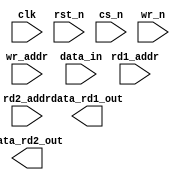
////////////////////////////////////////////////////////////////////////////////
//
//       This confidential and proprietary software may be used only
//     as authorized by a licensing agreement from Synopsys Inc.
//     In the event of publication, the following notice is applicable:
//
//                    (C) COPYRIGHT 1999 - 2018 SYNOPSYS INC.
//                           ALL RIGHTS RESERVED
//
//       The entire notice above must be reproduced on all authorized
//     copies.
//
//
// VERSION:   Simulation Architecture
//
// DesignWare_version: 05629b96
// DesignWare_release: O-2018.06-DWBB_201806.3
//
////////////////////////////////////////////////////////////////////////////////
//----------------------------------------------------------------------
// ABSTRACT:  Synch Write, Asynch Dual Read RAM (Flip-Flop Based)
//            (flip flop memory array)
//            legal range:  depth        [ 2 to 2048 ]
//            legal range:  data_width   [ 1 to 1024 ]
//            Input data: data_in[data_width-1:0]
//            Output data from read1: data_rd1_out[data_width-1:0]
//            Output data from read2: data_rd2_out[data_width-1:0]
//            Read1 Address: rd1_addr[addr_width-1:0]
//            Read2 Address: rd2_addr[addr_width-1:0]
//            Write Address: wr_addr[addr_width-1:0]
//            write enable (active low): wr_n
//            chip select (active low): cs_n
//            reset (active low): rst_n
//            clock:clk
//
//	MODIFIED:
//		092299	Jay Zhu		Rewrote for STAR91151
//              10/18/00  RPH       Rewrote accoding to new guidelines 
//                                  STAR 111067   
//              05/25/01  RJK       Rewritten again
//              2/18/09   RJK       Corrected default value for rst_mode
//				    STAR 9000294457
//              9/10/14   RJK       Eliminated common async and sync reset coding
//				    style to support VCS NLP
//              5/03/15   RJK       Eliminated "next state evaluation in seq block"
//				    coding style to support VCS NLP
//----------------------------------------------------------------------

module DW_ram_2r_w_s_dff (clk, rst_n, cs_n, wr_n, rd1_addr, rd2_addr, 
			  wr_addr, data_in, data_rd1_out, data_rd2_out);

   parameter integer data_width = 4;
   parameter integer depth = 8;
   parameter integer rst_mode = 1;

`define DW_addr_width ((depth>256)?((depth>4096)?((depth>16384)?((depth>32768)?16:15):((depth>8192)?14:13)):((depth>1024)?((depth>2048)?12:11):((depth>512)?10:9))):((depth>16)?((depth>64)?((depth>128)?8:7):((depth>32)?6:5)):((depth>4)?((depth>8)?4:3):((depth>2)?2:1))))

   input [data_width-1:0] data_in;
   input [`DW_addr_width-1:0] rd1_addr;
   input [`DW_addr_width-1:0] rd2_addr;
   input [`DW_addr_width-1:0] wr_addr;
   input 		   wr_n;
   input 		   rst_n;
   input 		   cs_n;
   input 		   clk;

   output [data_width-1:0] data_rd1_out;
   output [data_width-1:0] data_rd2_out;

// synopsys translate_off
   wire [data_width-1:0]   data_in;
   reg [depth*data_width-1:0]    next_mem;
   reg [depth*data_width-1:0]    mem;
   wire [depth*data_width-1:0]   mem_mux1;
   wire [depth*data_width-1:0]   mem_mux2;
   
   

   
  
 
  initial begin : parameter_check
    integer param_err_flg;

    param_err_flg = 0;
    
	    
  
    if ( (data_width < 1) || (data_width > 2048) ) begin
      param_err_flg = 1;
      $display(
	"ERROR: %m :\n  Invalid value (%d) for parameter data_width (legal range: 1 to 2048)",
	data_width );
    end
  
    if ( (depth < 2) || (depth > 1024 ) ) begin
      param_err_flg = 1;
      $display(
	"ERROR: %m :\n  Invalid value (%d) for parameter depth (legal range: 2 to 1024 )",
	depth );
    end
  
    if ( (rst_mode < 0) || (rst_mode > 1 ) ) begin
      param_err_flg = 1;
      $display(
	"ERROR: %m :\n  Invalid value (%d) for parameter rst_mode (legal range: 0 to 1 )",
	rst_mode );
    end

  
    if ( param_err_flg == 1) begin
      $display(
        "%m :\n  Simulation aborted due to invalid parameter value(s)");
      $finish;
    end

  end // parameter_check 

   
   assign mem_mux1 = mem >> (rd1_addr * data_width);

   assign data_rd1_out = ((rd1_addr ^ rd1_addr) !== {`DW_addr_width{1'b0}})? {data_width{1'bx}} : (
				(rd1_addr >= depth)? {data_width{1'b0}} :
				   mem_mux1[data_width-1 : 0] );
   
   assign mem_mux2 = mem >> (rd2_addr * data_width);

   assign data_rd2_out = ((rd2_addr ^ rd2_addr) !== {`DW_addr_width{1'b0}})? {data_width{1'bx}} : (
				(rd2_addr >= depth)? {data_width{1'b0}} :
				   mem_mux2[data_width-1 : 0] );

   always @ * begin : next_mem_PROC
      integer i, j;
      
   
      next_mem = mem;

      if ((cs_n | wr_n) !== 1'b1) begin
      
	 if ((wr_addr ^ wr_addr) !== {`DW_addr_width{1'b0}}) begin
	    next_mem = {depth*data_width{1'bx}};	

	 end else begin
         
	    if ((wr_addr < depth) && ((wr_n | cs_n) !== 1'b1)) begin
	       for (i=0 ; i < data_width ; i=i+1) begin
		  j = wr_addr*data_width + i;
		  next_mem[j] = ((wr_n | cs_n) == 1'b0)? data_in[i] | 1'b0
					: mem[j];
	       end // for
	    end // if
	 end // if-else
      end // if
   end
   
generate
 if (rst_mode == 0) begin : GEN_RM_EQ_0
   always @ (posedge clk or negedge rst_n) begin : ar_registers_PROC
      if (rst_n === 1'b0) begin
         mem <= {depth*data_width{1'b0}};
      end else begin
         if ( rst_n === 1'b1) begin
	    mem <= next_mem;
	 end else begin
	    mem <= {depth*data_width{1'bX}};
	 end
      end
   end // ar_registers
 end else begin : GEN_RM_NE_0
   always @ (posedge clk) begin : sr_registers_PROC
     if (rst_n === 1'b0) begin
       mem <= {depth*data_width{1'b0}};
     end else begin
       if ( rst_n === 1'b1) begin
	  mem <= next_mem;
       end else begin
	  mem <= {depth*data_width{1'bX}};
       end
     end
   end // sr_registers
 end
endgenerate
   
    
  always @ (clk) begin : clk_monitor 
    if ( (clk !== 1'b0) && (clk !== 1'b1) && ($time > 0) )
      $display( "WARNING: %m :\n  at time = %t, detected unknown value, %b, on clk input.",
                $time, clk );
    end // clk_monitor 

// synopsys translate_on

`undef DW_addr_width
endmodule // DW_ram_2r_w_s_dff